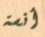
أنسة